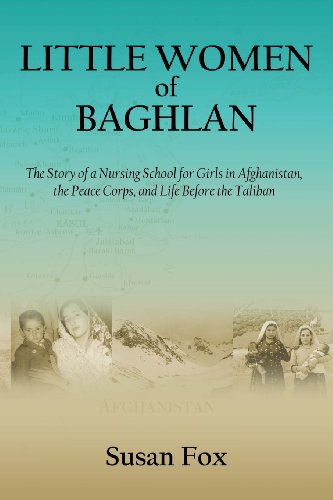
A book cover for Little Women of Baghlan: The Story of a Nursing School for  Girls in Afghanistan, the Peace Corps, and  Life Before the Taliban; Susan Fox; Travel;